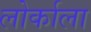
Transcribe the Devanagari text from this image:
लोर्काला